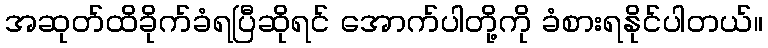
အဆုတ်ထိခိုက်ခံရပြီဆိုရင် အောက်ပါတို့ကို ခံစားရနိုင်ပါတယ်။